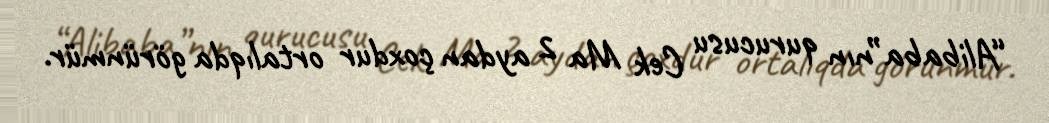
“Alibaba”nın qurucusu Cek Ma 2 aydan çoxdur ortalıqda görünmür.